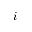
i